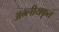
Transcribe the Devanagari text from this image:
अम्लीयकृत